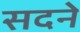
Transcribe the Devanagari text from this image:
सदने